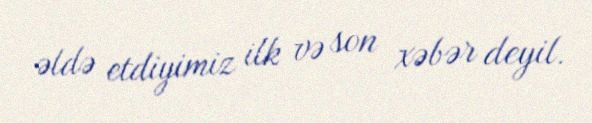
əldə etdiyimiz ilk və son xəbər deyil.